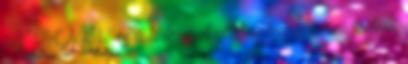
a KH-t. A KH és a kalcium-tartalom tengervízben történő